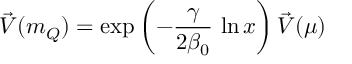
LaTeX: \vec { \cal V } ( m _ { Q } ) = \exp \left( - \frac { \gamma } { 2 \beta _ { 0 } } \, \ln x \right) \vec { \cal V } ( \mu )